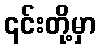
၎င်းတို့မှာ